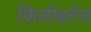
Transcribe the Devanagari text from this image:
किलोहर्टज